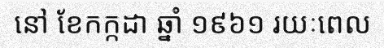
នៅ ខែកក្កដា ឆ្នាំ ១៩៦១ រយៈពេល